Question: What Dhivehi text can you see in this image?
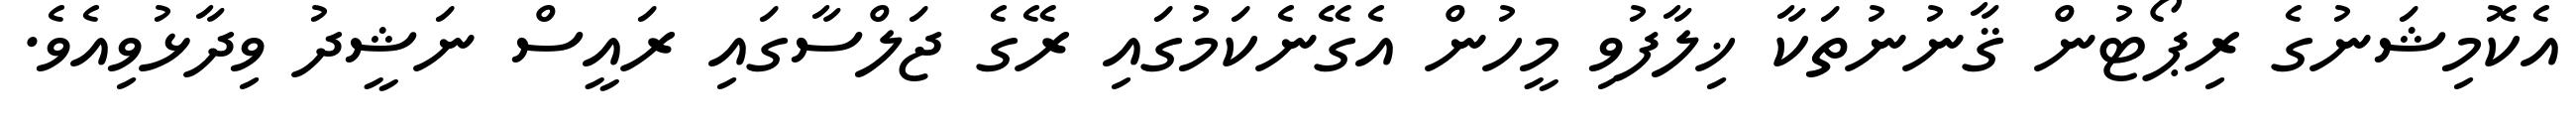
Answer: އެކޮމިޝަނުގެ ރިޕޯޓުން ޤާނުނުތަކާ ޚިލާފުވި މީހުން އެގޭނެކަމުގައި ރޭގެ ޖަލްސާގައި ރައީސް ނަޝީދު ވިދާޅުވިއެވެ.